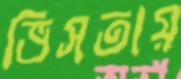
ভিসতায়